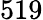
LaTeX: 519